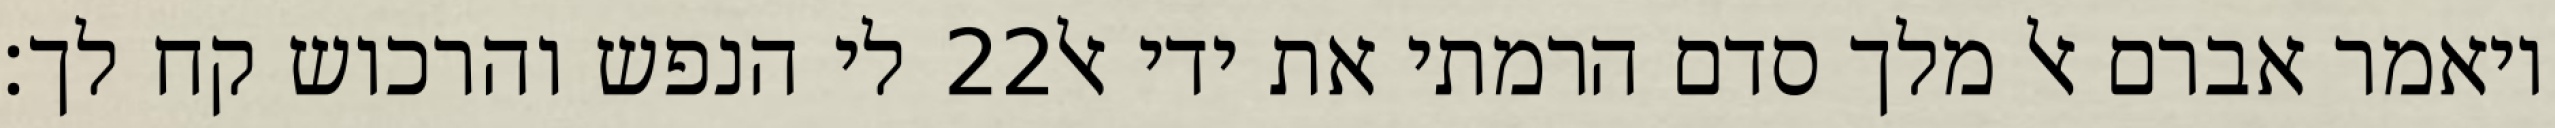
לי הנפש והרכוש קח לך׃ ‎22‏ ויאמר אברם אל מלך סדם הרמתי את ידי אל